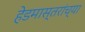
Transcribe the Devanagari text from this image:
हेडमास्तरांच्या